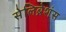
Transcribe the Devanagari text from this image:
सेलिब्रेशंस